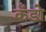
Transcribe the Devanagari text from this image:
कँडो